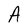
Character: A